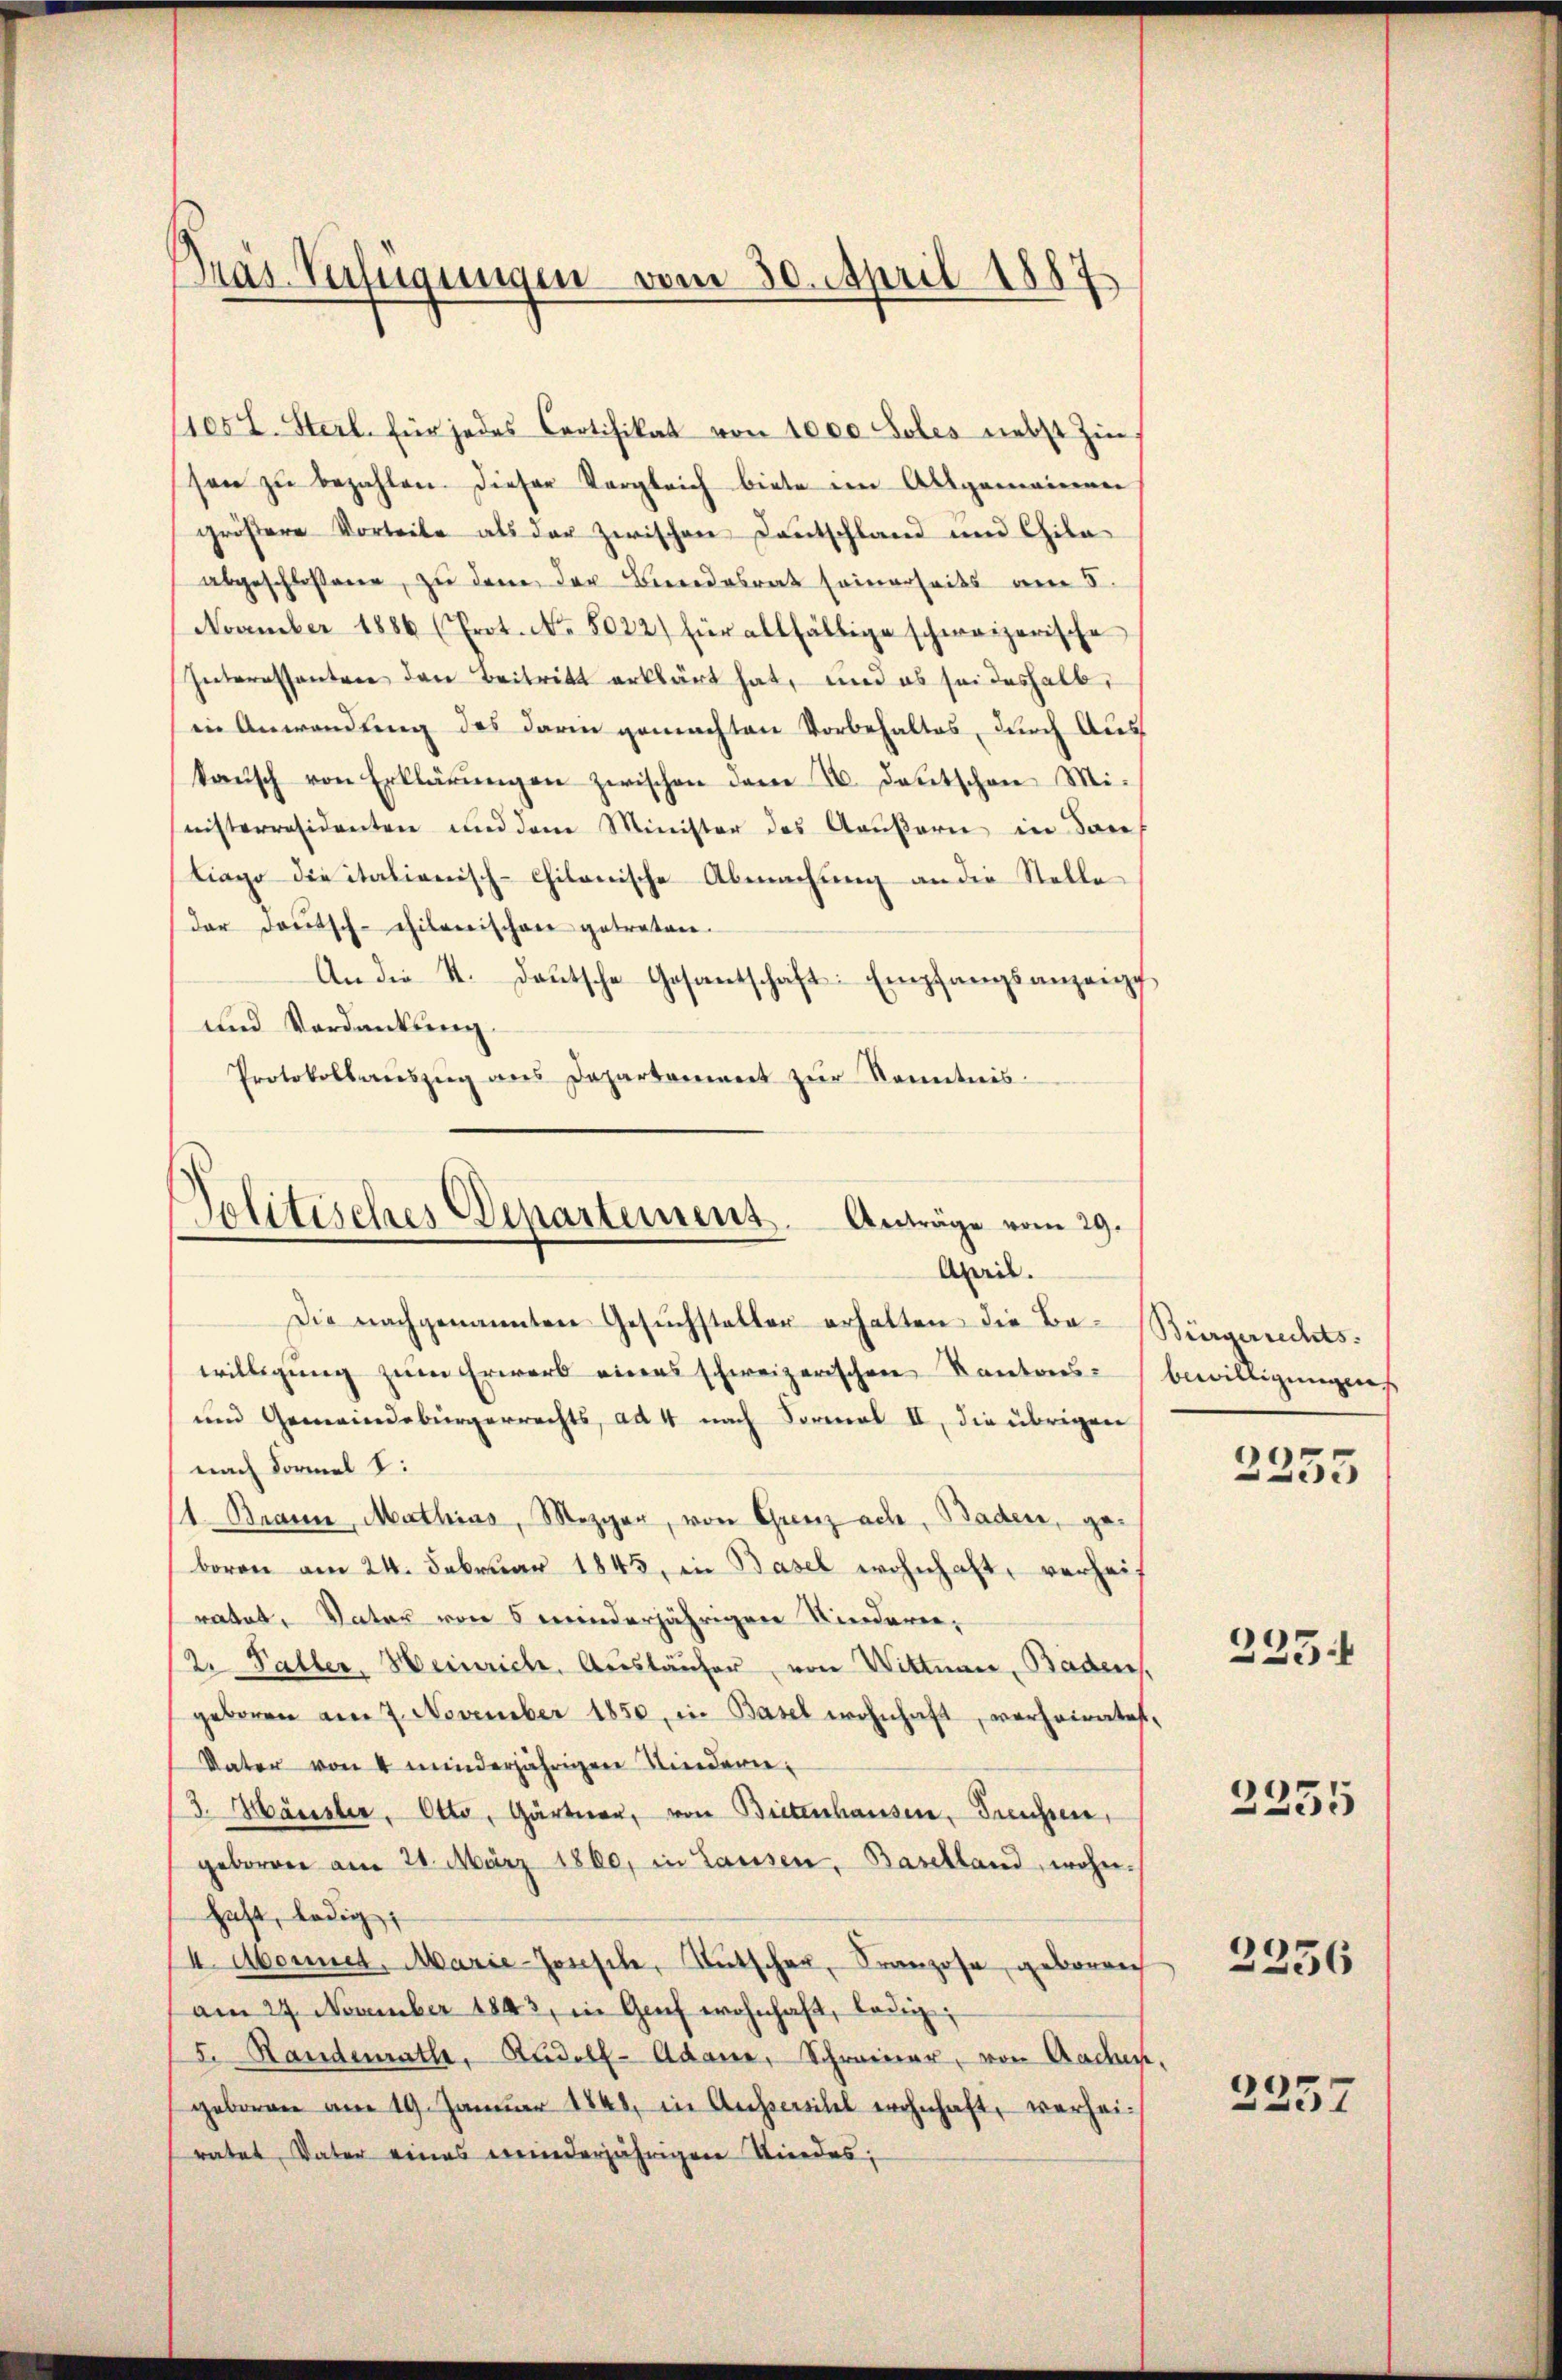
1057. Sterl. für jedes Certifikat von 1000 Soles nebst Zin
sen zŭ bezahlen. Dieser Vergleich biete im Allgemeinen
gröβere Vorteile als der zwischen Kantschland und Chila
abgeschlossene, zu dem der Beendesrat seinerseits am 5.
November 1886 (Prot. No. 8022) für allfällige schweizerische
Interessantree den Beitritt erklärt hat, und es sei deshalb,
in Anwendung des darin gemachten Vorbehaltes, durch Auskaŭsch von Erklärŭngen zwischen dem 2. Deutschen Mi-
nisterresidenten und dem Minister des Aeußern in Son
liage die italienisch-philonische Abmachung an die Stelle
dar Deutsch-chilenischen getreten.
An die 4. Deutsche Gesantschaft Empfangsanzeigt,
und Verdankung.
Protokollaŭszŭg ans Departement zŭr Kenntnis.

Pras Verfügungen vom 30. April 1887

Politisches Departemens. Anträge vom 29.
April.

Die nachgenannten Gesuchsteller erhalten die Ba-Bürgerrechtswilligung zum Erwerb eines schweizerischen Kantons- bewilligungens
und Gemeindebürgerrechts, ad 4 nach Formal II, die übrigen
nach Formel 1:
1. Brann, Mathias, Mezger, von Grenz ach, Baden, geboren am 24. Februar 1845, in Basel wohnhaft, verheit
ratet, Vater von 5 minderjährigen Kindern,
Kr. Paller. Heinrich, Ausläufer, von Wittnau, Baden,
geboren am 7. November 1850, in Basel wohnhaft, verheirates,
Vater von 4 minderjährigen Kindern¬
/3. Häusler, Otto, Gärtner, von Bietenhausen, Freusser,
geboren am 20. März 1860, in Lausen, Baselland, wohnhaft, ledig
I. Abonnet, Marie-Jonsch, Rutscher, Franzose, geborrich
am 24. November 1843, in Genf wohnhaft, lange
5. Randenrath, Rudolf Adame, Schreiner, von Aadmgeboren am 19. Januar 1848, in Ausseritel wohnhaft, verheiratet Vater eines meinderjährigen Kindes,

2255

225f

2335

2356

2257